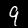
Label: 9